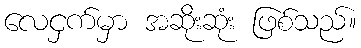
လေငှက်မှာ အဆိုးဆုံး ဖြစ်သည်။